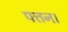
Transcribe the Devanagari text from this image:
पत्तन।